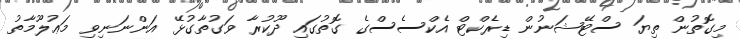
މިގޮތުން ތިޔަ ސްޓޭޝަނުން ޑިރެކްޓް އެކްސެސްގެ ގޮތުގައި ދޫކުރާ ވަގުތާގުޅޭ އަންނަނިވި މަޢުލޫމާތު